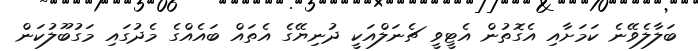
ބަލާލެވޭނެ ކަމަށާއި އެގޮތުން އެޓީވީ ޗެނަލްއަކީ ދުނިޔޭގެ އެތައް ބައެއްގެ މެދުގައި މަގުބޫލުކަން